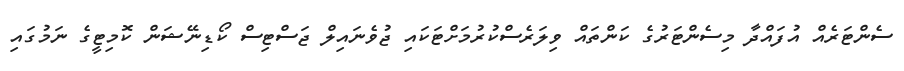
ސެންޓަރެއް އުފައްދާ މިސެންޓަރުގެ ކަންތައް ވިލަރެސްކުރުމަށްޓަކައި ޖުވެނައިލް ޖަސްޓިސް ކޯޑިނޭޝަން ކޮމިޓީގެ ނަމުގައި